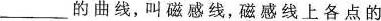
___的曲线，叫磁感线，磁感线上各点的